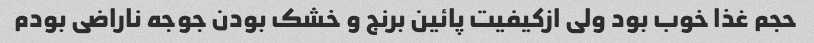
حجم غذا خوب بود ولی ازکیفیت پائین برنج و خشک بودن جوجه ناراضی بودم